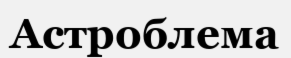
Астроблема